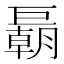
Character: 𢀭